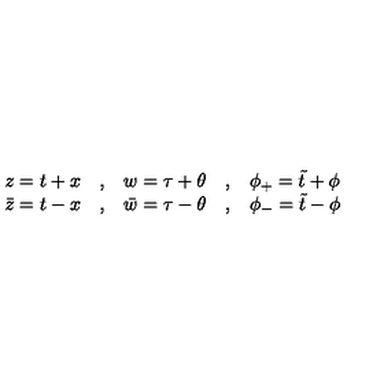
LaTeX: \begin{array} { l c l c l } { z = t + x } & { , } & { w = \tau + \theta } & { , } & { \phi _ { + } = \tilde { t } + \phi } \\ { \bar { z } = t - x } & { , } & { \bar { w } = \tau - \theta } & { , } & { \phi _ { - } = \tilde { t } - \phi } \\ \end{array}